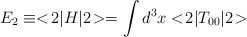
\begin{align*}E_2 \equiv <\!2|H|2\!> = \int d^3x <\!2|T_{00}|2\!> \end{align*}